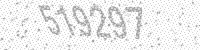
Solution: 519297